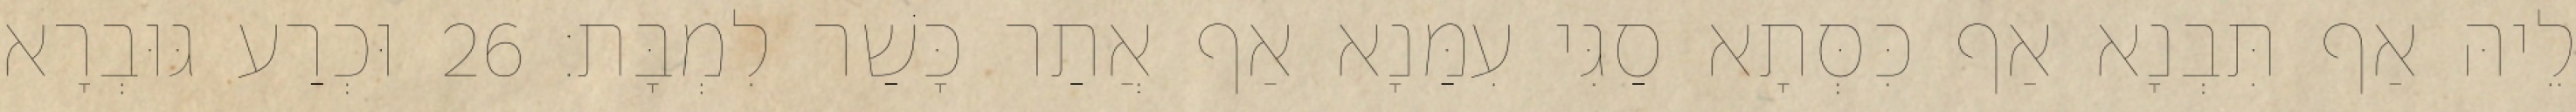
לֵיהּ אַף תִּבְנָא אַף כִּסְּתָא סַגִּי עִמַּנָא אַף אֲתַר כָּשַׁר לִמְבָּת׃ 26 וּכְרַע גּוּבְרָא